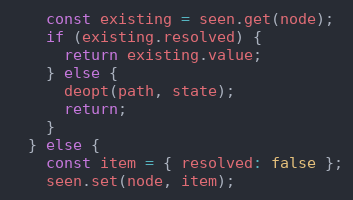
Language: JavaScript
    const existing = seen.get(node);
    if (existing.resolved) {
      return existing.value;
    } else {
      deopt(path, state);
      return;
    }
  } else {
    const item = { resolved: false };
    seen.set(node, item);